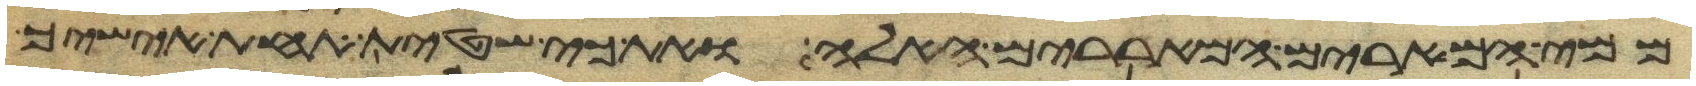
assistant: ממי המרים המאררים האלה ואת כי שטית תחת אישיך